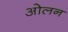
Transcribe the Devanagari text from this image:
ओलन